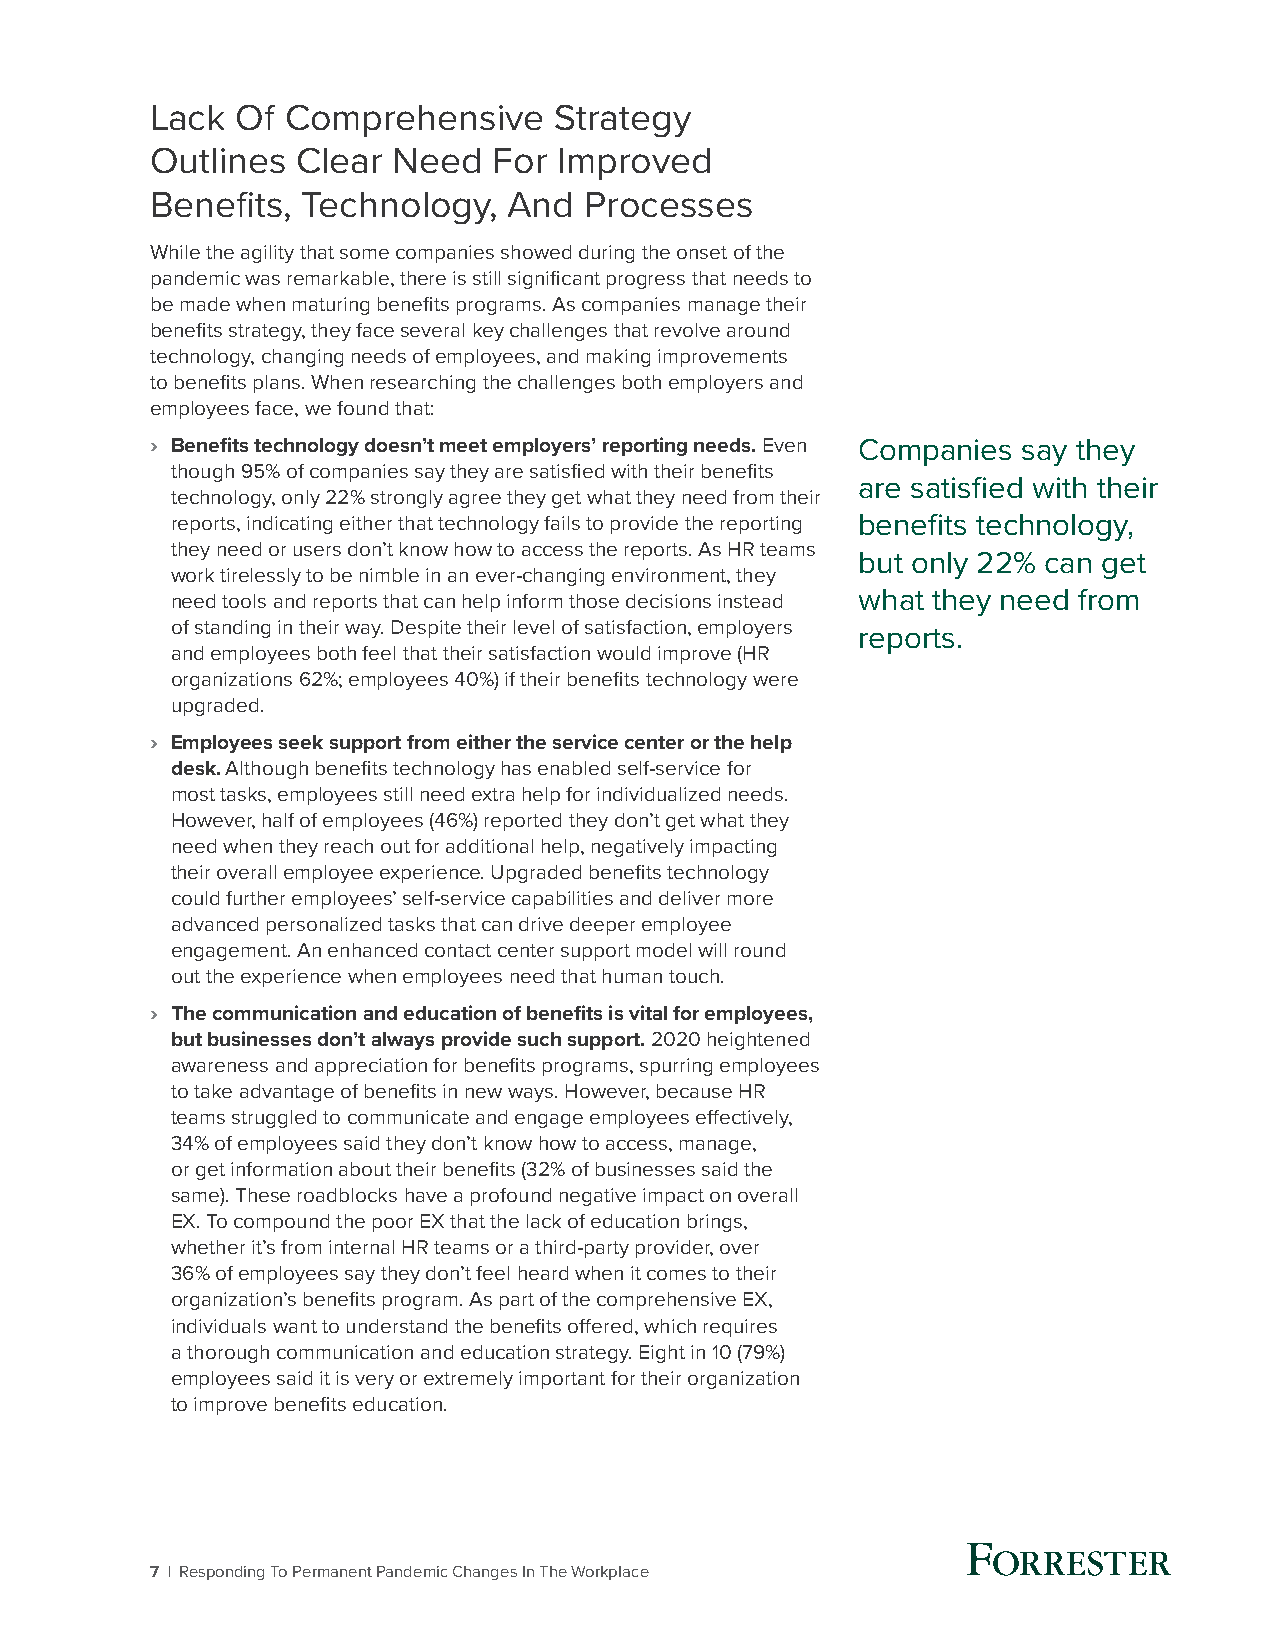
Lack  Of Comprehensive     Strategy
 Outlines  Clear Need   For Improved
 Benefits, Technology,   And  Processes
 While the agility that some companies showed during the onset of the
 pandemic was remarkable, there is still significant progress that needs to
 be made when maturing benefits programs. As companies manage their
 benefits strategy, they face several key challenges that revolve around
 technology, changing needs of employees, and making improvements
 to benefits plans. When researching the challenges both employers and
 employees face, we found that:
 › Benefits technology doesn’t meet employers’ reporting needs. Even Companies say they
 though 95% of companies say they are satisfied with their benefits
 are satisfied with their
 technology, only 22% strongly agree they get what they need from their
 reports, indicating either that technology fails to provide the reporting benefits technology,
 they need or users don’t know how to access the reports. As HR teams
 but only 22% can get
 work tirelessly to be nimble in an ever-changing environment, they
 need tools and reports that can help inform those decisions instead what they need from
 of standing in their way. Despite their level of satisfaction, employers
 reports.
 and employees both feel that their satisfaction would improve (HR
 organizations 62%; employees 40%) if their benefits technology were
 upgraded.
 › Employees seek support from either the service center or the help
 desk. Although benefits technology has enabled self-service for
 most tasks, employees still need extra help for individualized needs.
 However, half of employees (46%) reported they don’t get what they
 need when they reach out for additional help, negatively impacting
 their overall employee experience. Upgraded benefits technology
 could further employees’ self-service capabilities and deliver more
 advanced personalized tasks that can drive deeper employee
 engagement. An enhanced contact center support model will round
 out the experience when employees need that human touch.
 › The communication and education of benefits is vital for employees,
 but businesses don’t always provide such support. 2020 heightened
 awareness and appreciation for benefits programs, spurring employees
 to take advantage of benefits in new ways. However, because HR
 teams struggled to communicate and engage employees effectively,
 34% of employees said they don’t know how to access, manage,
 or get information about their benefits (32% of businesses said the
 same). These roadblocks have a profound negative impact on overall
 EX. To compound the poor EX that the lack of education brings,
 whether it’s from internal HR teams or a third-party provider, over
 36% of employees say they don’t feel heard when it comes to their
 organization’s benefits program. As part of the comprehensive EX,
 individuals want to understand the benefits offered, which requires
 a thorough communication and education strategy. Eight in 10 (79%)
 employees said it is very or extremely important for their organization
 to improve benefits education.
 7 | Responding To Permanent Pandemic Changes In The Workplace